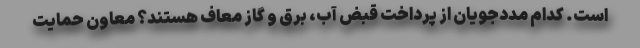
است. کدام مددجویان از پرداخت قبض آب، برق و گاز معاف هستند؟ معاون حمایت